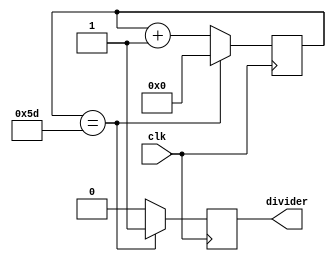
module freq_controller (
 input          clk,
 output reg  divider
 );
 
//fixed divider, temporary 
parameter C4 = 93;

reg [6:0] counter = 7'd0;

always @(posedge clk)
begin
 if(counter == C4)
  counter <= 7'd0;
 else
 counter <= counter + 1'b1;
end

always@(posedge clk)
begin
 if(counter==C4)
   divider <= 1'b1;
  else
   divider <= 1'b0;
end

endmodule